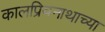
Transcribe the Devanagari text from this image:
कालप्रियनाथाच्या